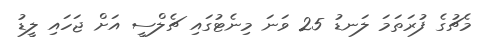
މެޗުގެ ފުރަތަމަ ލަނޑު 25 ވަނަ މިނެޓުގައި ޗެލްސީ އަށް ޖަހައި ލީޑު